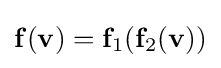
\mathbf {f} (\mathbf {v} )=\mathbf {f} _{1}(\mathbf {f} _{2}(\mathbf {v} ))